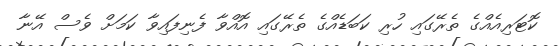
ކޮޓަރިއެއްގެ ތެރޭގައި ހުރި ކަބަޑެއްގެ ތެރޭގައި އޮއްވާ ފެނިފައިވާ ކަމަށް ވެސް އޭނާ